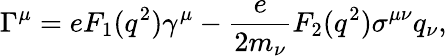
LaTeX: \Gamma^{\mu}=eF_{1}(q^{2})\gamma^{\mu}-\frac{e}{2m_{\nu}}F_{2}(q^{2})\sigma^{\mu\nu}q_{\nu},